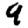
Digit: 9